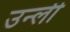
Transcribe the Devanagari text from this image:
उन्ली